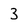
Character: 3